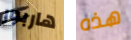
هاربور هذه